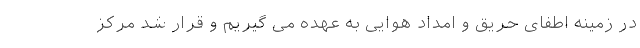
در زمینه اطفای حریق و امداد هوایی به عهده می گیریم و قرار شد مرکز